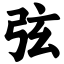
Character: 弦